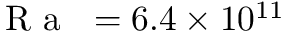
\mathrm { ~ \textit ~ { ~ R ~ a ~ } ~ } = 6 . 4 \times 1 0 ^ { 1 1 }